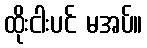
ထိုးငါးပင် မအပ်။